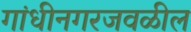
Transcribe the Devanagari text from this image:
गांधीनगरजवळील